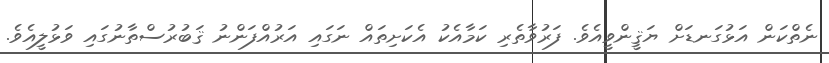
ނެތްކަން އަޅުގަނޑަށް ޔަޤީންވީއެވެ. ފަރުވާތެރި ކަމާއެކު އެކަށިތައް ނަގައި އަރުއްފަންނު ޤަބުރުސްތާނުގައި ވަޅުލީއެވެ.